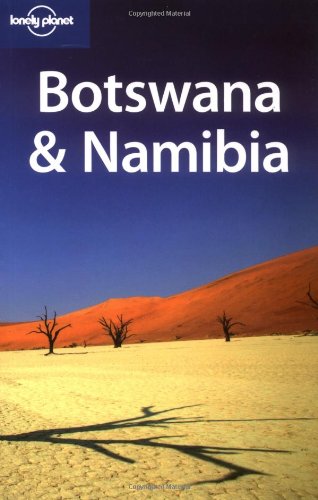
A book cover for Lonely Planet Botswana & Namibia (Multi Country Guide); Paula Hardy; Travel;